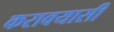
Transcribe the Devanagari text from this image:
करावयासी